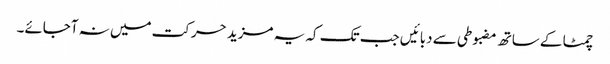
چمٹا کے ساتھ مضبوطی سے دبائیں جب تک کہ یہ مزید حرکت میں نہ آجائے۔